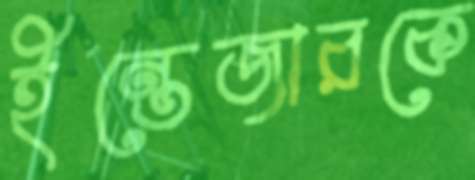
ইন্তেজারকে